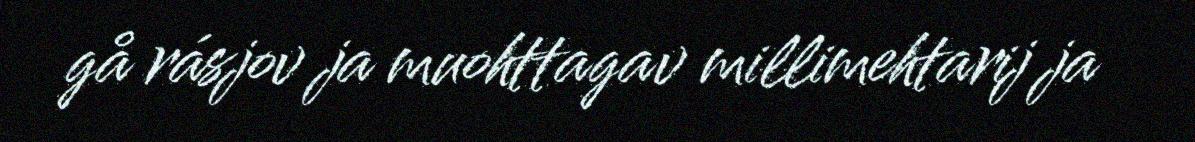
gå rásjov ja muohttagav millimehtarij ja